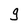
Character: g